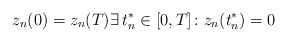
\begin{align*}z_{n}(0) = z_{n}(T) \exists \, t^{*}_{n}\in \mathopen{[}0,T\mathclose{]} \colon z_{n}(t^{*}_{n}) = 0\end{align*}